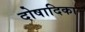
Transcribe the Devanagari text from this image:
दोषादिका